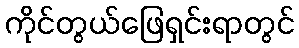
ကိုင်တွယ်ဖြေရှင်းရာတွင်